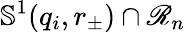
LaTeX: \mathbb{S}^{1}(q_{i},r_{\pm})\cap\mathscr{R}_{n}